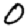
Digit: 0